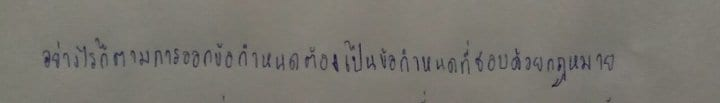
อย่างไรก็ตามการออกข้อกำหนดต้องเป็นข้อกำหนดที่ชอบด้วยกฎหมาย